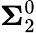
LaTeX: {\boldsymbol{\Sigma}}_{2}^{0}